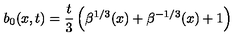
b _ { 0 } ( x , t ) = \frac { t } { 3 } \left( \beta ^ { 1 / 3 } ( x ) + \beta ^ { - 1 / 3 } ( x ) + 1 \right)